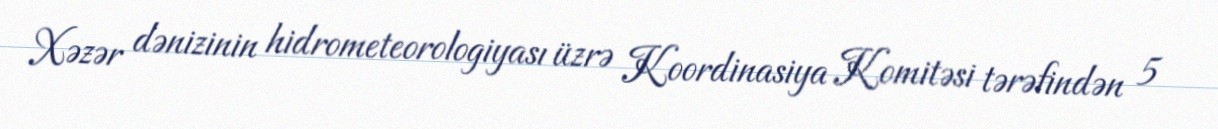
Xəzər dənizinin hidrometeorologiyası üzrə Koordinasiya Komitəsi tərəfindən 5